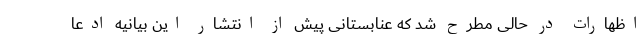
اظهارات در حالی مطرح شد که عنابستانی پیش از انتشار این بیانیه ادعا